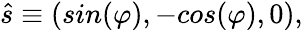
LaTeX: \hat{s}\equiv(sin(\varphi),-cos(\varphi),0),